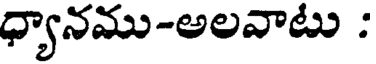
ధ్యానము-అలవాటు :